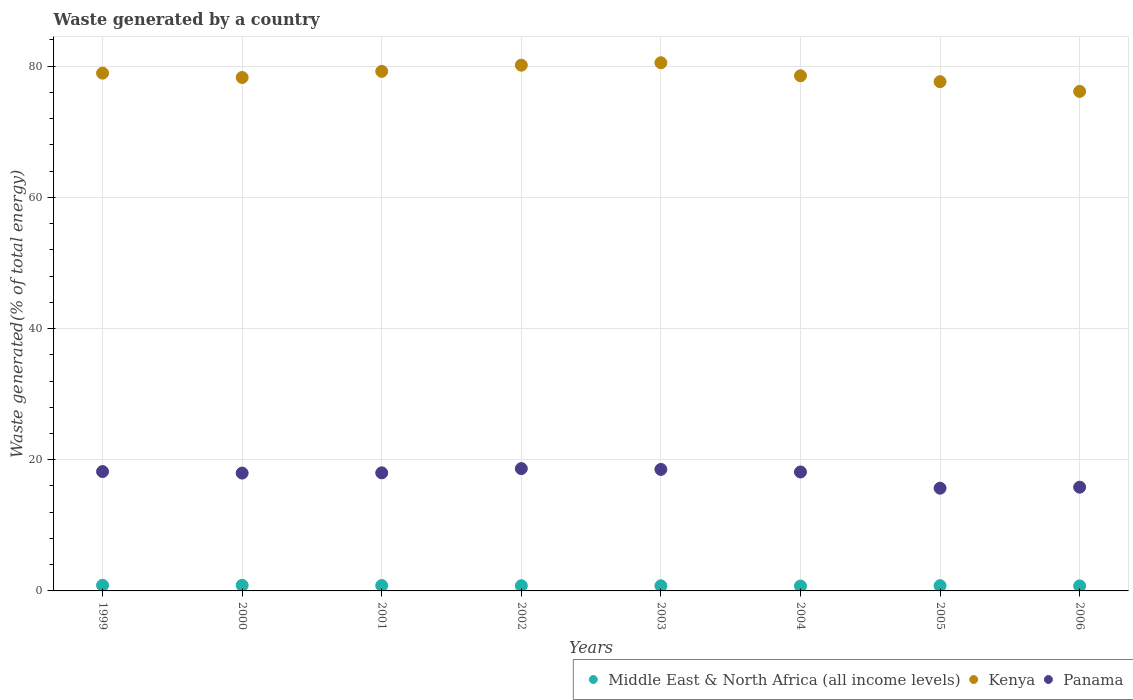
| Years | Middle East & North Africa (all income levels) | Kenya | Panama |
 | --- | --- | --- | --- |
 | 1999 | 0.858 | 78.9 | 18.2 |
 | 2000 | 0.855 | 78.3 | 18 |
 | 2001 | 0.82 | 79.2 | 18 |
 | 2002 | 0.791 | 80.2 | 18.6 |
 | 2003 | 0.782 | 80.5 | 18.5 |
 | 2004 | 0.751 | 78.5 | 18.1 |
 | 2005 | 0.797 | 77.6 | 15.7 |
 | 2006 | 0.767 | 76.2 | 15.8 |